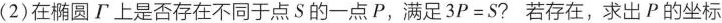
(2)在椭圆\tau上是否存在不同于点S的一点P，满足3P=S?若存在，求出P的坐标；